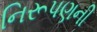
નિરૂપણની